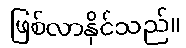
ဖြစ်လာနိုင်သည်။